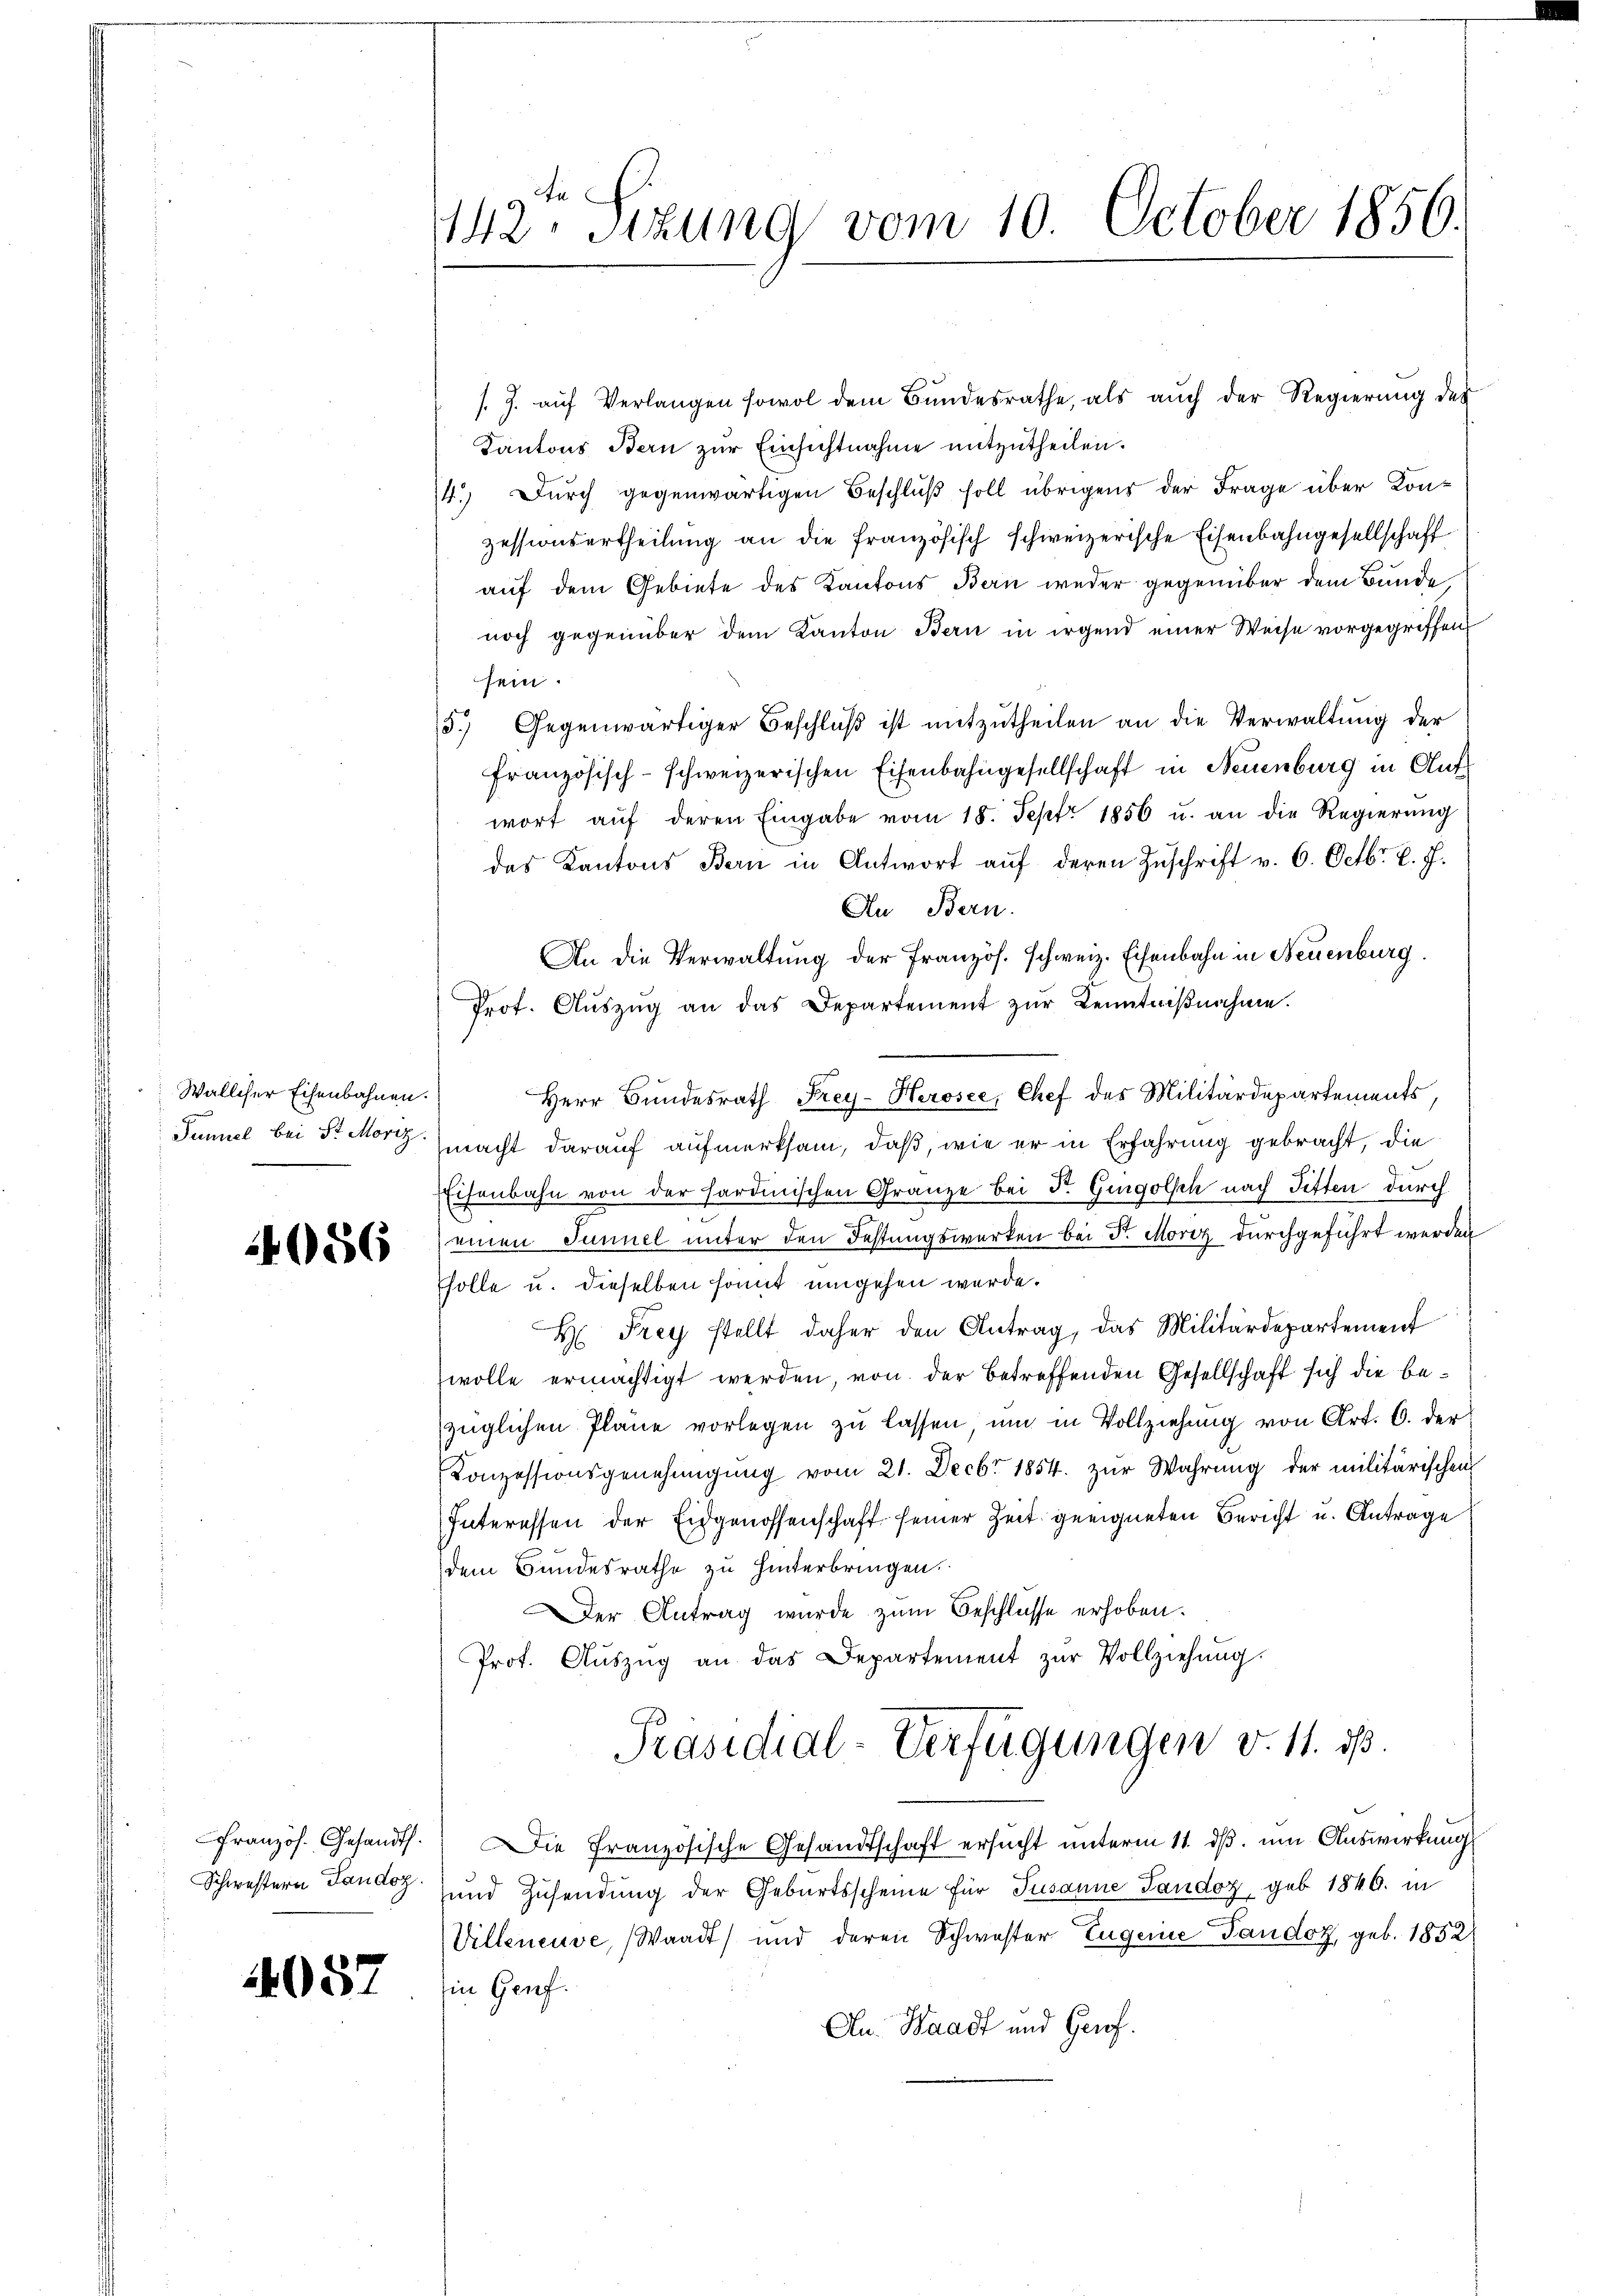
Walliser Eisenbahnen.

086

Schwestern Tandoz.

/. J. aŭf Verlangen sowol dem Bŭndesrathe, als aŭch der Regierŭng des
Kantons Bern zur Einsichtnahme mitzutheilen.
14.) Durch gegenwärtigen Beschluß soll übrigens der Frage über Konzessionsertheilung an die französisch schweizerische Eisenbahngesellschaft
auf dem Gebiete des Kantons Bern weder gegenüber dem Bunde
noch gegenüber dem Kanton Bern in irgend einer Weise vorgegriffen
sein.
5.) Gegenwärtiger Beschlŭβ ist mitzŭtheilen an die Verwaltung der
französisch-schweizerischen Eisenbahngesellschaft in Neuenburg in Auf
wort aŭf deren Eingabe vom 18. Sept. 1856 u. an die Regierŭng
das Kantons Bern in Antwort aŭf deren Zuschrift v. 6. Octbr. l. J.
Au Bern.
An die Verwaltung der Französ. schweiz. Eisenbahn in Neuenburg.
Prot. Aŭszŭg an das Departement zur Kenntnißnahme.
Herr Bundesrath Frey-Herosee, Chef des Militärdepartements,
Paniel bei der macht darauf aufmerksam, daß, wie er in Erfahrung gebracht, die
Eisenbahn von der sardinischen Gränze bei Fr. Gingolsch nach Titter durch
einen Tunnel unter den Festungswerken bei Sr. Moriz durchgeführt werden
Esolle u. dieselben somit umgehen werde.
H Frey stellt daher den Antrag, das Militärdepartement
wolle ermächtigt werden, von der betreffenden Gesellschaft sich die bezüglichen Pläne vorlegen zu lassen, um in Vollziehung von Art. 6. der
Konzessionsgenehmigŭng vom 21. Decbr 1854. zŭr Wahrŭng der militärischen
Interessen der Eidgenossenschaft seiner Zeit geeigneten Bericht u. Antrage
dem Bundesrathe zu hinterbringen.
er Antrag wurde zum Beschlüsse erhoben.
Prot. Aŭszŭg an das Departement zŭr Vollziehŭng.
Präsidial-Verfügungen v. 11. ds.
französ. Gesandt. Die Französische Gesandtschaft ersŭcht ŭnterm 11. dβ. um Auswirkung
und Zusendung der Geburtsscheine für Jusanne Sandoz geb. 1840. in
Villeneuve, Waadt) und deren Schwester Eugenie Tandoz, geb. 1852
057 in Genf
An. Waadt und Genf.

An
142. Sitzung vom 10. October 1856.